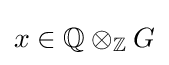
x\in \mathbb {Q} \otimes _{\mathbb {Z} }G